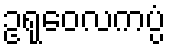
ဥရုဝေလကပ္ပံ